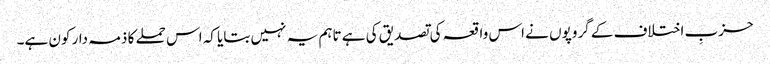
حزبِ اختلاف کے گروپوں نے اس واقعہ کی تصدیق کی ہے تاہم یہ نہیں بتایا کہ اس حملے کا ذمہ دار کون ہے۔